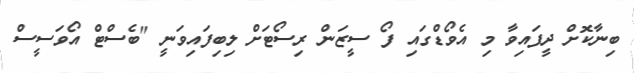
ބިނާކޮށް ދީފައިވާ މި އެވޯޑްގައި ފޯ ސީޒަން ރިސޯޓަށް ލިބިފައިވަނީ "ބެސްޓް އޯވަސީސް